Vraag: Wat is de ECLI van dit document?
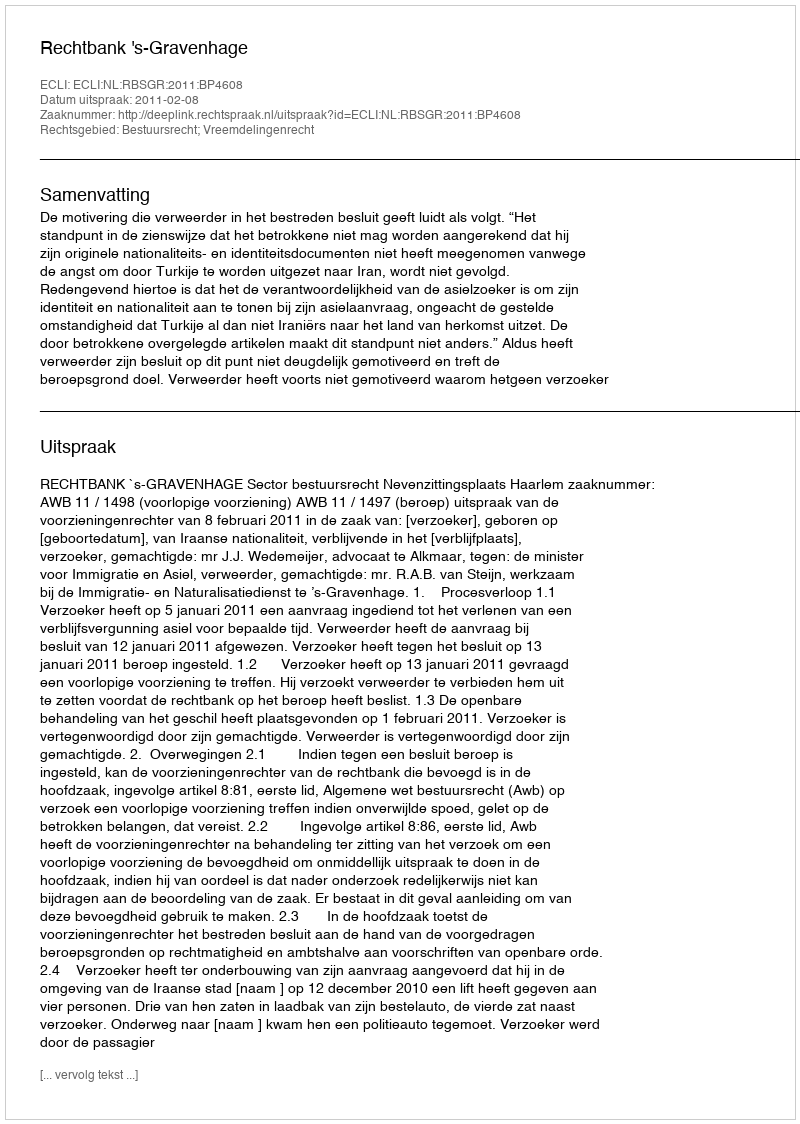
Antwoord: ECLI:NL:RBSGR:2011:BP4608